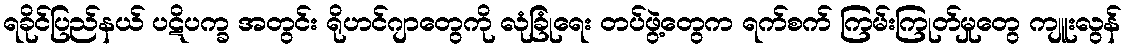
ရခိုင်ပြည်နယ် ပဋိပက္ခ အတွင်း ရိုဟင်ဂျာတွေကို လုံခြုံရေး တပ်ဖွဲ့တွေက ရက်စက် ကြမ်းကြုတ်မှုတွေ ကျူးလွန်